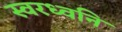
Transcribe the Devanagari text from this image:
स्वरध्वनि